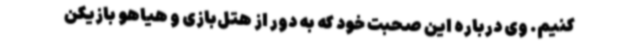
کنیم. وی درباره این‌ صحبت خود که به دور از هتل‌بازی و هیاهو بازیکن